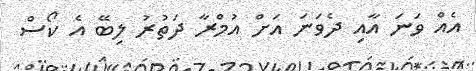
އެއް ވަނަ އާއި ދެވަނަ އަށް އުމްރާ ދަތުރު ލިބޭ އެ ކޯސް